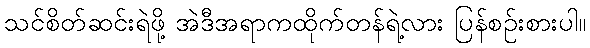
သင်စိတ်ဆင်းရဲဖို့ အဲဒီအရာကထိုက်တန်ရဲ့လား ပြန်စဉ်းစားပါ။